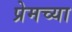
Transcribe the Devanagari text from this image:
प्रेमच्या